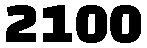
2100